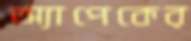
অ্যাপেকের